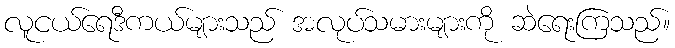
လူငယ်ရေဒီကယ်များသည် အလုပ်သမားများကို ဆဲရေးကြသည်။